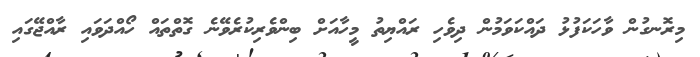
މިރޮނގުން ވާހަކަފުޅު ދައްކަވަމުން ދިވެހި ރައްޔިތު މީހާއަށް ބިންވެރިކުރެވޭނެ ގޮތްތައް ހޯއްދަވައި ރާއްޖޭގައި